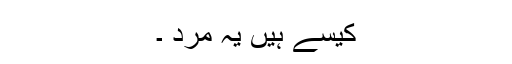
کیسے ہیں یہ مرد ۔